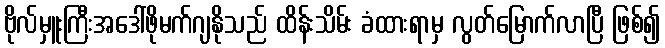
ဗိုလ်မှူးကြီးအဒေါ်ဖိုမက်ဂျနိုသည် ထိန်းသိမ်း ခံထားရာမှ လွတ်မြောက်လာပြီ ဖြစ်၍